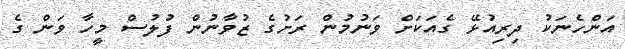
އަންހެނަކު ދިރިއުޅޭ ގެއަކަށް ވަނުމުން ރަށުގެ ޒުވާނުން ފުލުސް މީހާ ވަން ގެ